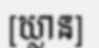
[ឃ្លាន]